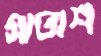
সাতাশ